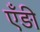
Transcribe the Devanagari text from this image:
एँड़ी